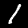
Digit: 1